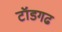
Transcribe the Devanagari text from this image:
टॉडगढ